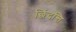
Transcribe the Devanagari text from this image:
छिंदन्ति